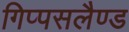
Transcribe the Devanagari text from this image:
गिप्पसलैण्ड